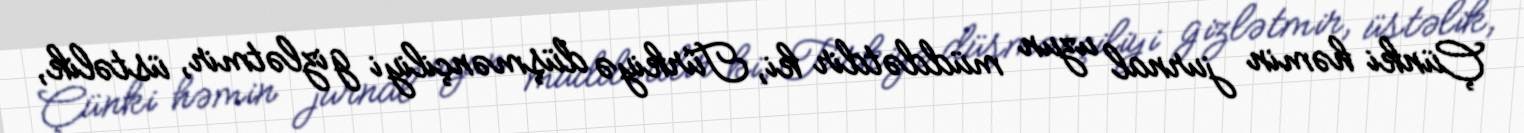
Çünki həmin jurnal uzun müddətdir ki, Türkiyə düşmənçiliyi gizlətmir, üstəlik,